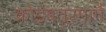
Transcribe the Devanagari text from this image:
कोइंबतूरमार्गे